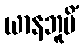
ယာနဘူမိံ